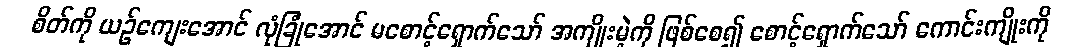
စိတ်ကို ယဉ်ကျေးအောင် လုံခြုံအောင် မစောင့်ရှောက်သော် အကျိုးမဲ့ကို ဖြစ်စေ၍ စောင့်ရှောက်သော် ကောင်းကျိုးကို